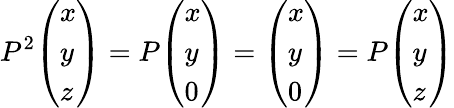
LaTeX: P^{2}{\left(\begin{array}{l}{x}\\ {y}\\ {z}\end{array}\right)}=P{\left(\begin{array}{l}{x}\\ {y}\\ {0}\end{array}\right)}={\left(\begin{array}{l}{x}\\ {y}\\ {0}\end{array}\right)}=P{\left(\begin{array}{l}{x}\\ {y}\\ {z}\end{array}\right)}